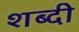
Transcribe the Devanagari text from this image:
शब्दी